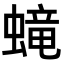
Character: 𧏵